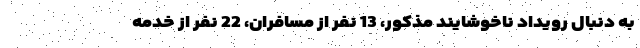
به دنبال رویداد ناخوشایند مذکور، 13 نفر از مسافران، 22 نفر از خدمه